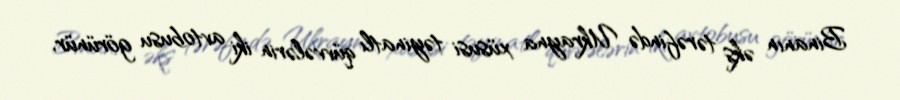
Binanın əks tərəfində Ukrayna xüsusi təyinatlı qüvvələrin iki avtobusu görünür,